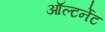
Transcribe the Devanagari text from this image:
ऑल्टर्नेट